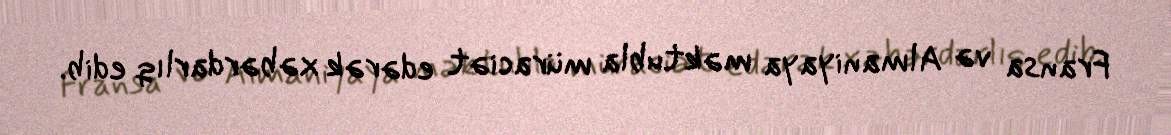
Fransa və Almaniyaya məktubla müraciət edərək xəbərdarlıq edib.